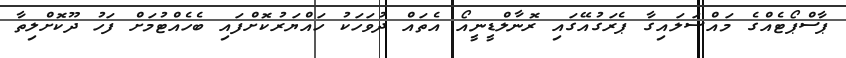
ޕާސްޕޯޓެއްގެ މައްސަލައިގާ ޕެރަގުއޭގައި ރޮނާލްޑީނީއޯ އެތައް ދުވަހަކު ހައްޔަރުކޮށްފައި ބެހެއްޓުމަށް ފަހު ދޫކޮށްލިތާ